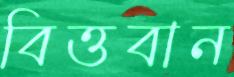
বিত্তবান